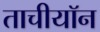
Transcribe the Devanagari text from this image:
ताचीयॉन